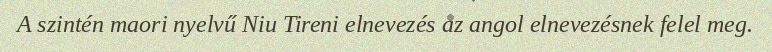
A szintén maori nyelvű Niu Tireni elnevezés az angol elnevezésnek felel meg.